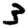
Digit: 3